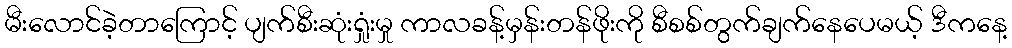
မီးလောင်ခဲ့တာကြောင့် ပျက်စီးဆုံးရှုံးမှု ကာလခန့်မှန်းတန်ဖိုးကို စီစစ်တွက်ချက်နေပေမယ့် ဒီကနေ့